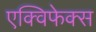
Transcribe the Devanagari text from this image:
एक्विफेक्स